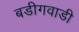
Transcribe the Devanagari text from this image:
बडीगवाडी